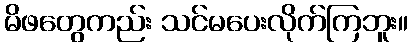
မိဖတွေကည်း သင်မပေးလိုက်ကြဘူး။